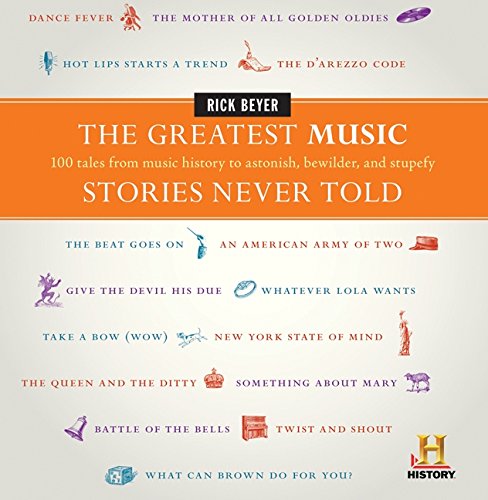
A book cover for The Greatest Music Stories Never Told: 100 Tales from Music History to Astonish, Bewilder, and Stupefy (The Greatest Stories Never Told); Rick Beyer; History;